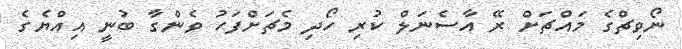
ނޯވިޗްގެ މައްޗަށް ރޭ އާސެނަލް ކުރި ހޯދި މެޗަށްފަހު ވެންގާ ބުނީ އިއްޔެގެ